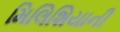
મિલિશિયાની